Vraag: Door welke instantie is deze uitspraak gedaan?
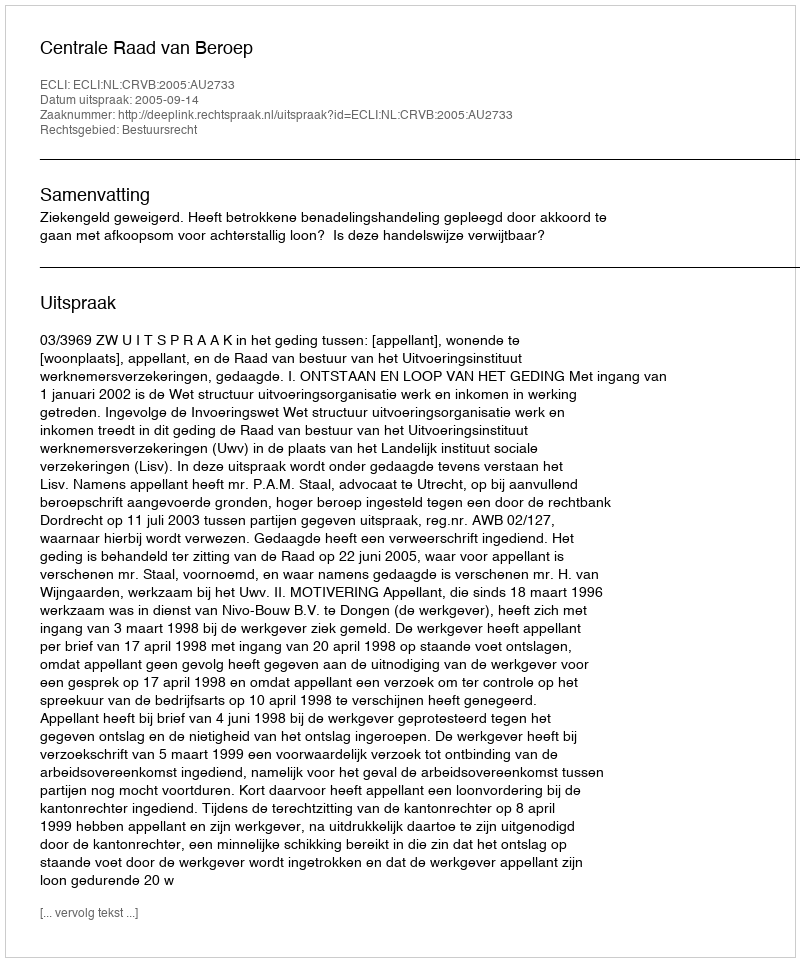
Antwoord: Centrale Raad van Beroep